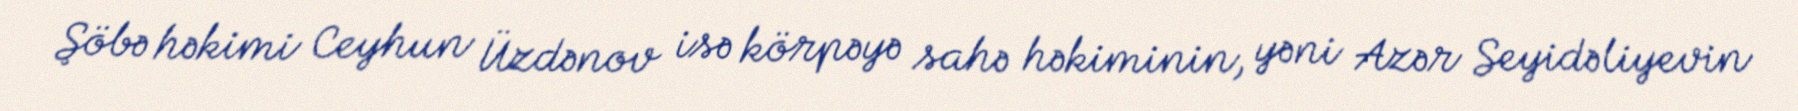
Şöbə həkimi Ceyhun Üzdənov isə körpəyə sahə həkiminin, yəni Azər Seyidəliyevin